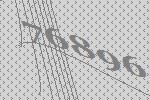
76896